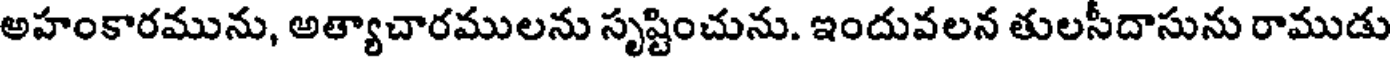
అహంకారమును, అత్యాచారములను సృష్టించును. ఇందువలన తులసీదాసును రాముడు